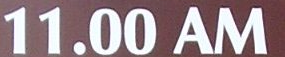
11.00 AM